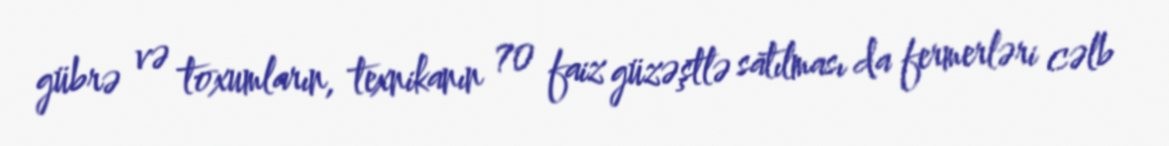
gübrə və toxumların, texnikanın 70 faiz güzəştlə satılması da fermerləri cəlb